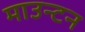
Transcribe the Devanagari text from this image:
माउन्टन